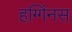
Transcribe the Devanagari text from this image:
हग्गिंनस